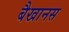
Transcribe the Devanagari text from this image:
बैखानस